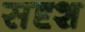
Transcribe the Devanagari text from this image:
सदृश